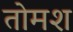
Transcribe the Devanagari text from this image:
तोमश